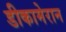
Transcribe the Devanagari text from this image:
डीकामेरान